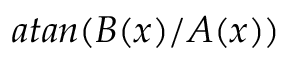
a t a n ( B ( x ) / A ( x ) )